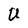
Character: U